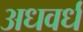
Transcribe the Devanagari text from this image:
अधवर्ध